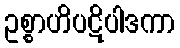
ဥစ္စာဟိပဋိပါဒကာ